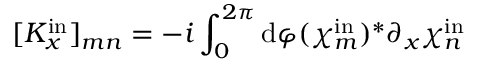
[ K _ { x } ^ { \mathrm { i n } } ] _ { m n } = - i \int _ { 0 } ^ { 2 \pi } \mathrm { d } \varphi ( \chi _ { m } ^ { \mathrm { i n } } ) ^ { * } \partial _ { x } \chi _ { n } ^ { \mathrm { i n } }